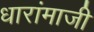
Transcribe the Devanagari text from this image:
धारांमाजी